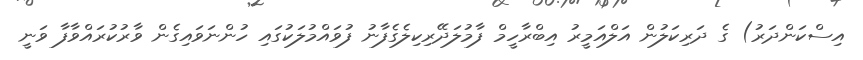
އިސްކަންދަރު) ގެ ދަރިކަލުން އަލްއަމީރު އިބްރާހީމް ފާމުލަދޭރިކިލެގެފާނު ފުވައްމުލަކުގައި ހުންނަވައިގެން ވާރުކުރައްވާފާ ވަނީ